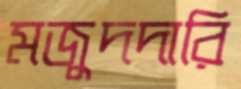
মজুদদারি